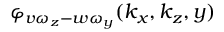
\varphi _ { v \omega _ { z } - w \omega _ { y } } ( k _ { x } , k _ { z } , y )